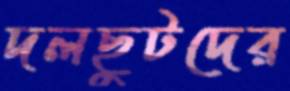
দলছুটদের